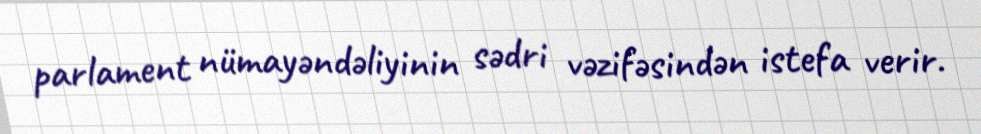
parlament nümayəndəliyinin sədri vəzifəsindən istefa verir.